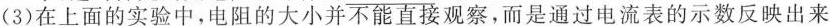
(3)在上面的实验中，电阻的大小并不能直接观察，而是通过电流表的示数反映出来的